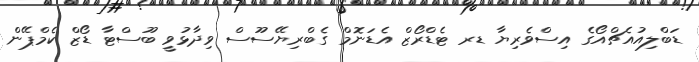
ޑަބްލިއުއެޗްއޯގެ އިސްވެރިޔާ ޑރ ޓެޑްރޯޒް އެޑަނޮމް ގެބްރިޔޭސޫސް ވިދާޅުވީ ބޫސްޓާ ޑޯޒް ކެމްޕޭން